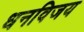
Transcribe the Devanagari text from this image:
धनविजय